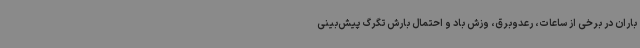
باران در برخی از ساعات، رعدوبرق، وزش باد و احتمال بارش تگرگ پیش‌بینی